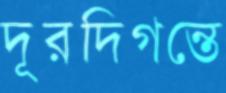
দূরদিগন্তে